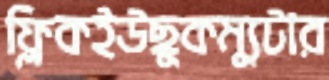
ফ্লিকইউছুকম্যুটার